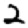
Digit: 2